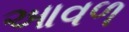
આવળ